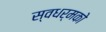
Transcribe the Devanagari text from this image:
स्‍वधर्मको